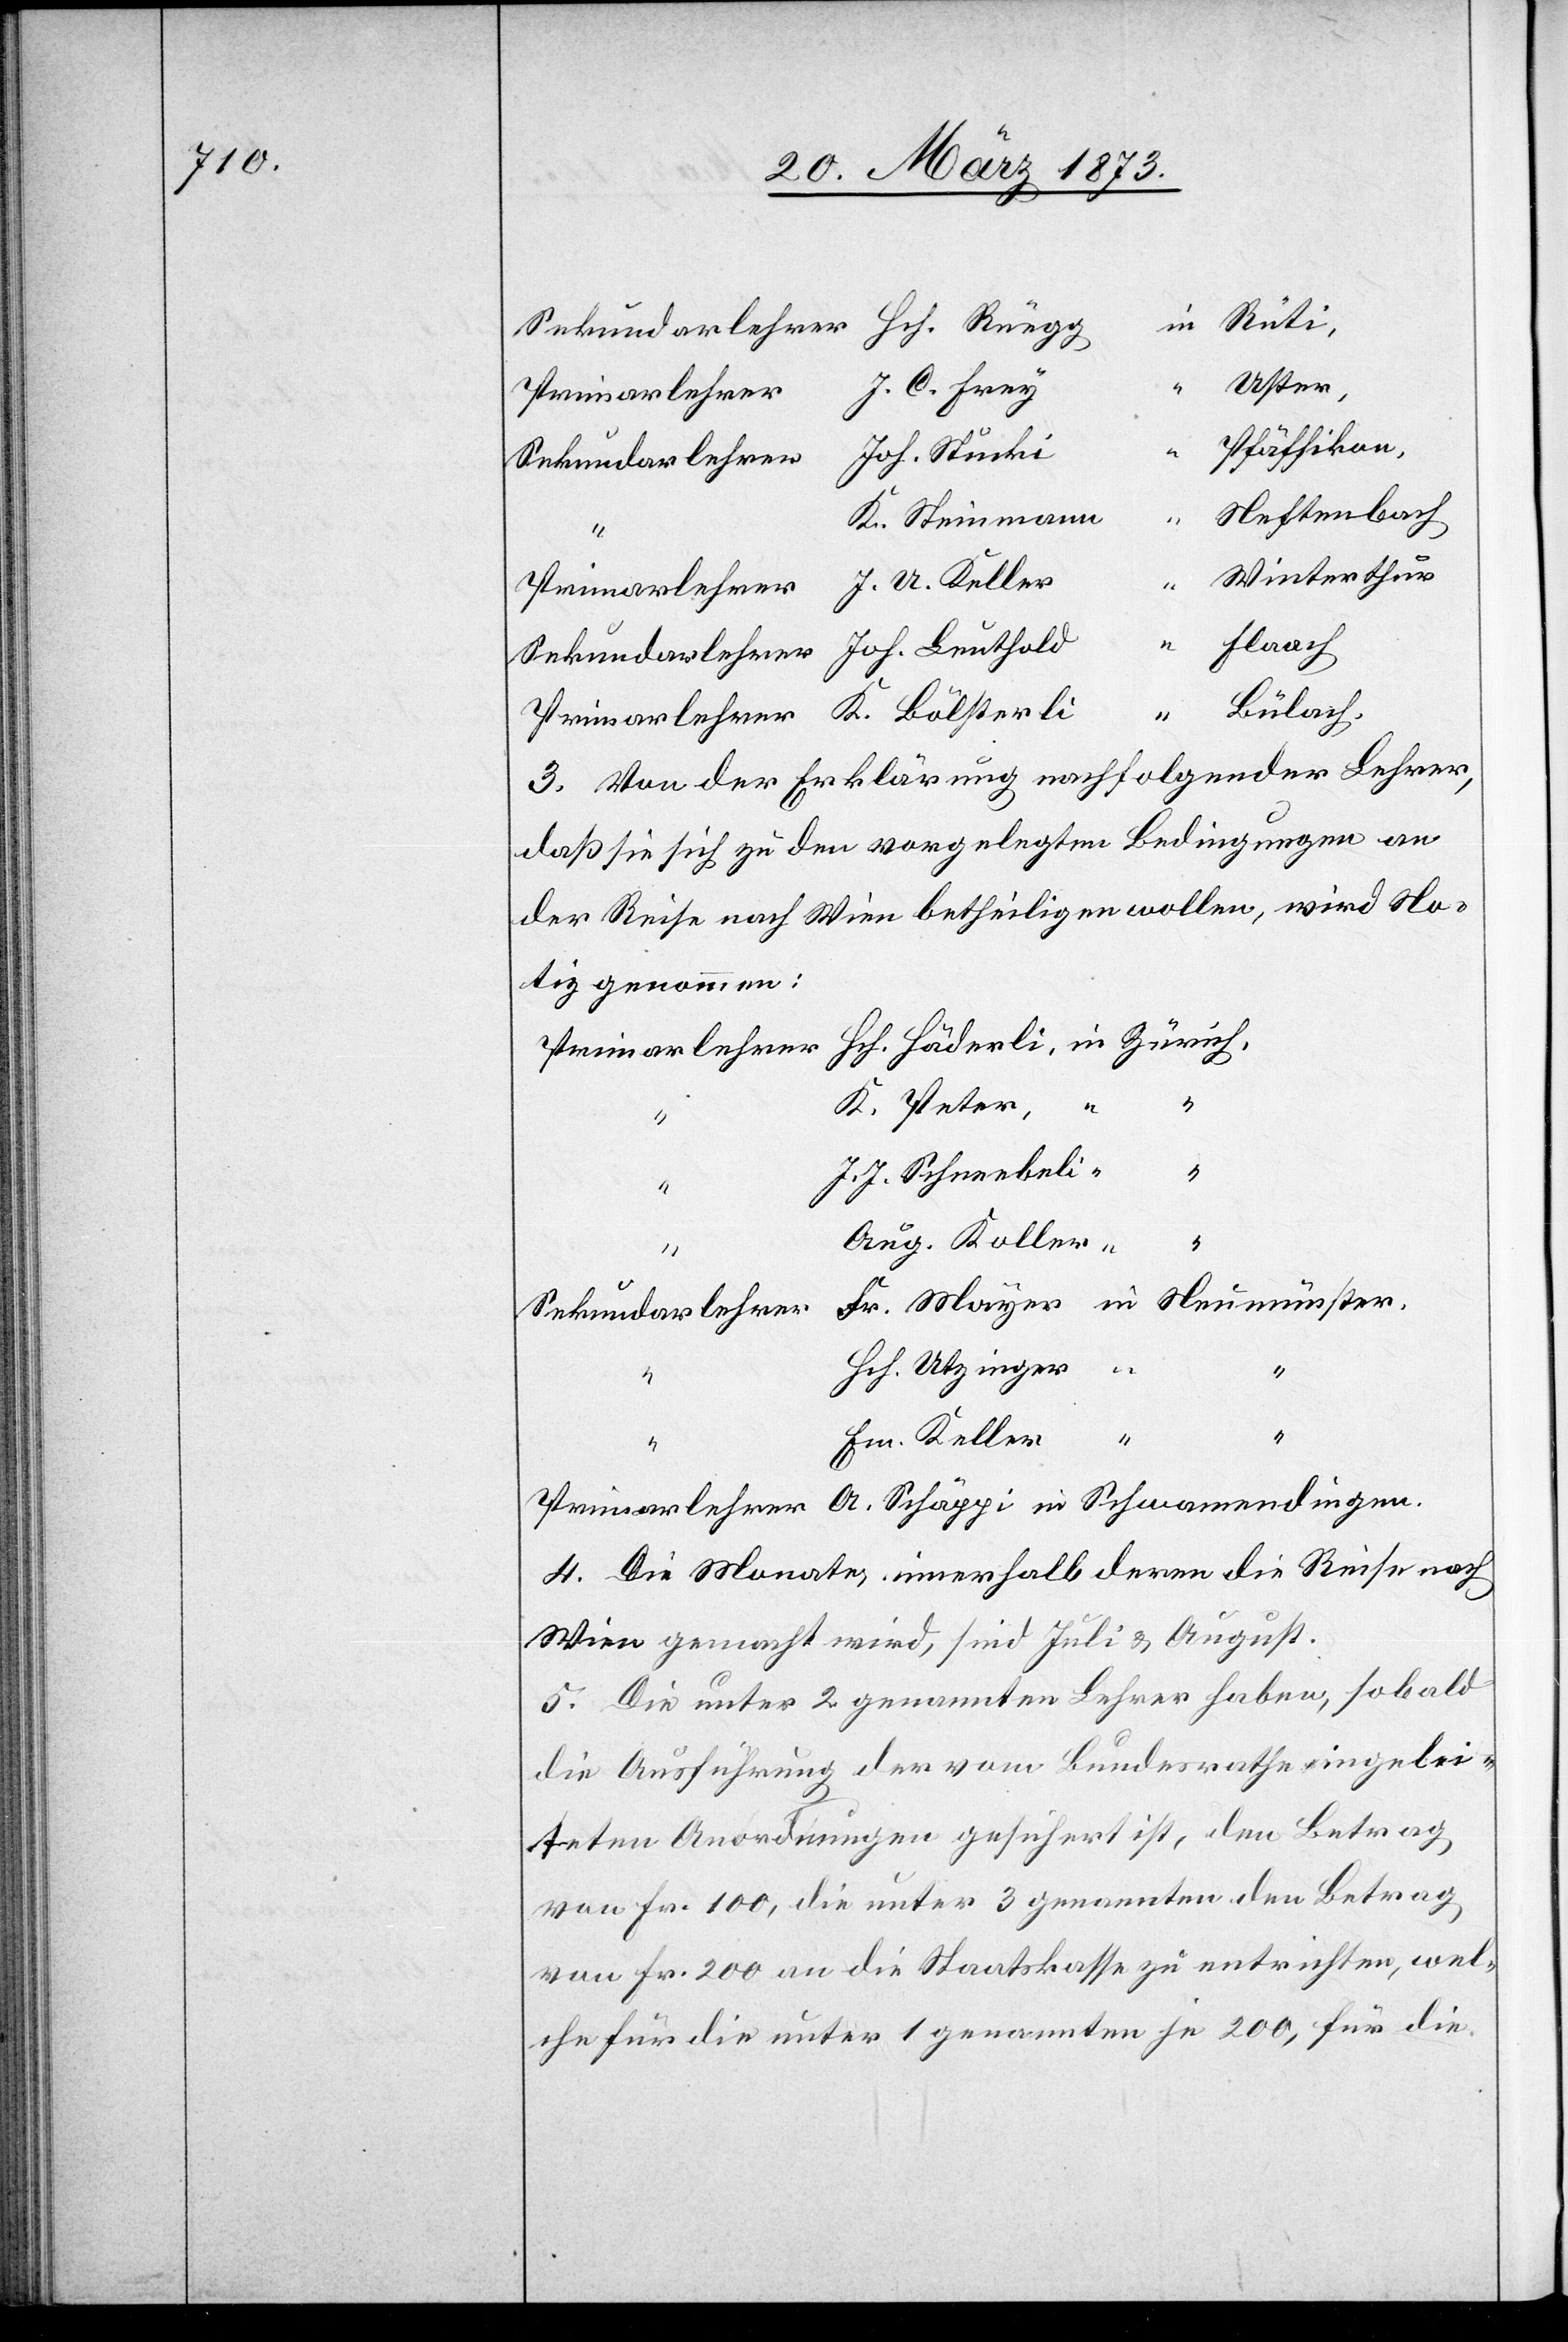
Hch. Rüegg
Uster,
A.
J. C. Frey
Primarlehrer
Pfäffikon,
Joh. Stucki
Neftenbach
K. Steinmann
Winterthur
Flaach
“
Bülach.
3. Von der Erklärung nachfolgernder Lehrer,
daß sie sich zu den vorgelegten Bedingungen an
der Reise nach Wien betheiligen wollen, wird No¬
tiz genommen:
K. Peter,
J. J. Schneebeli
Aug. Koller
“
Sekundarlehrer
Hch. Utzinger
Em. Keller
4. Die Monate, innerhalb deren die Reise nach
Wien gemacht wird, sind Juli u. August.
5. Die unter 2 genannten Lehrer haben, sobald
die Ausführung der vom Bundesrathe eingelei¬
teten Anordnungen gesichert ist, den Betrag
von Fr. 100, die unter 3 genannten den Betrag
von Fr. 200 an die Staatskasse zu entrichten, wel¬
che für die unter 1 genannten je 200, für die